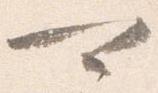
可